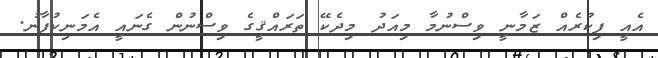
އެއީ ފިކުރެއް ޒަމާނީ ވިސްނުމާ މިއަދު މިދެކޭ ތަރައްޤީގެ ވިސްނުން ގެނައީ އެމަނިކުފާނު.